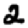
Digit: 2